Vital statistics of India. Vol. V, Reports of 1876 on armies & jails and on epidemic cholera
Year: 1876
Disease focus: Cholera
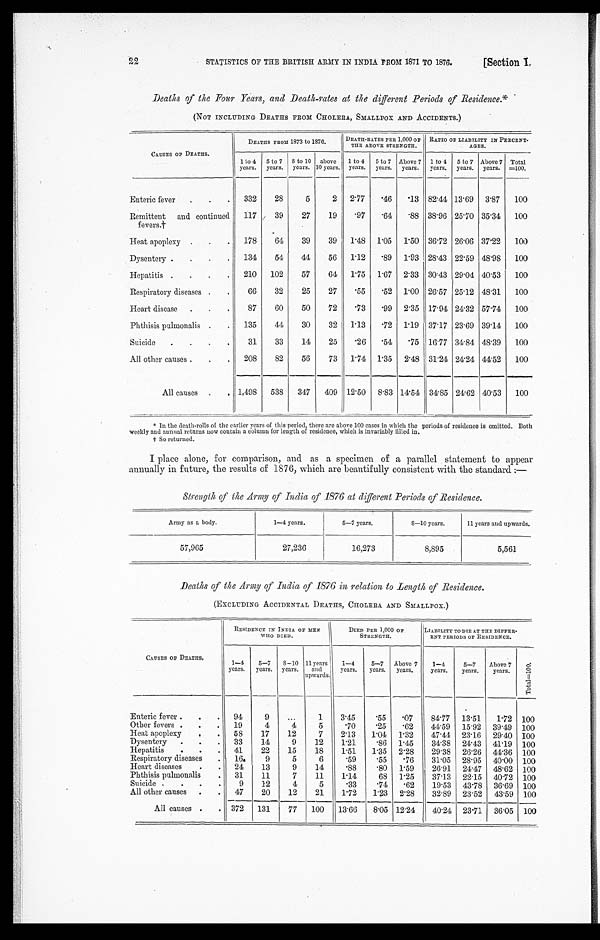
STATISTICS OF THE BRITISH ARMY IN INDIA FROM 1871 TO 1876.
[Section I.
22
Deaths of the Four Years, and Death-rates at the different Periods of Residence.*
(NOT INCLUDING DEATHS FROM CHOLERA, SMALLPOX AND ACCIDENTS.)
CAUSES OF DEATHS.
DEATHS FROM 1873 to 1876.
DEATH-RATES PER 1,000 OF
THE ABOVE STRENGTH.
RATIO OF LIABILITY IN PERCENT-
AGES.
1 to 4
years,
5 to 7
years.
8 to 10
years.
above
10 years.
1 to 4
years.
5 to 7
years.
Above 7
years.
1 to 4
years.
5 to 7
years.
Above 7
years.
Total
=100.
Enteric fever . . .
332
28
5
2
2.77
.46
.13 82.44 13.69
3.87
100
Remittent and continued
f e v e r s . †
117
39
27
19
.97
.64
.88 38.96 25.70 35.34
100
Heat apoplexy . . .
178
64
39
39
1.48
1.05
1.50 36.72 26.06 37.22
100
Dysentery . . .
134
54
44
56
1.12
.89
1.93 28.43 22.59 48.98
100
Hepatitis . . .
210
102
57
64
1.75
1.67
2.33 30.43 29.04 40.53
100
Respiratory diseases . . .
66
32
25
27
.55
.52
1.00 26.57 25.12 48.31
100
Heart disease . . .
87
60
50
72
.73
.99
2.35 17.94 24.32 57.74
100
Phthisis pulmonalis . . .
135
44
30
32
1.13
.72
1.19 37.17 23.69 39.14
100
Suicide . . .
31
33
14
25
.26
.54
.75 16.77 34.84 48.39
100
All other causes . . .
208
82
56
73
1.74 1.35 2.48 31.24 24.24 44.52
100
All causes . . .
1,498
538
347
409 12.50
8.83 14.54 34.85 24.62 40.53
100
In the death-rolls of the earlier years of this period, there are above 100 cases in which the periods of residence is omitted. Both
weekly and annual returns now contain a column for length of residence, which is invariably filled in.
† S o r e t u r n e d .
I place alone, for comparison, and as a specimen of a parallel statement to appear
annually in future, the results of 1876, which are beautifully consistent with the standard:—
Strength, of the Army of India of 1876 at different Periods of Residence.
Army as a body.
1—4 years.
5—7 years.
8—10 years.
11 years and upwards.
57,965
27,236
16,273
8,895
5,561
Deaths of the Army of India of 1876 in relation to Length of Residence.
(EXCLUDING ACCIDENTAL DEATHS, CHOLERA. AND SMALLPOX.)
CAUSES OF DEATHS.
RESIDENCE IN INDIA OF MEN
WHO DIED.
DIED PER 1,000 OF
STRENGTH.
LIABILITY TO DIE AT THE DIFFER
-ENT PERIODS OF RESIDENCE.
1—4
years.
5—7
years.
8—10
years.
11 years
and
upwards.
1—4
years.
5—7
years.
Above 7
years.
1—4
years.
5—7
years.
Above 7
years.
Tot al =100.
Enteric fever . . .
94
9
. . .
1
3.45
.55
.07
84.77
13.51
1.72 100
Other fevers . . .
19
4
4
5
.70
.25
.62
44.59
15.92
39.49
100
Heat apoplexy . . .
58
17
12
7
2.13
1.04
1.32
47.44
23.16
29.40 100
Dysentery . . .
33
14
9
12
1.21
.86
1.45
34.38
24.43
41.19
100
Hepatitis . . .
41
22
15
18
1.51
1.35
2.28
29.38
26.26
44.36
100
Respiratory diseases . . .
16
9
5
6
.59
.55
.76
31.05
28.95
40.00
100
Heart diseases . . .
24
13
9
14
.88
.80
1.59
26.91
24.47
48.62 100
Phthisis pulmonalis . . .
31
11
7
11
1.14
68
1.25
37.13
22.15
40.72
100
Suicide . . .
9
12
4
5
.33
.74
.62
19.53
43.78
36.69
100
All other causes . . .
47
20
12
21
1.72
1.23
2.28
32.89
23.52
43.59
100
All causes . . .
372
131
77
100
13.66
8.05 12.24 I 40.24
23.71
36.05
100